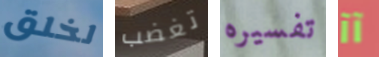
لخلق تغضب تفسيره آآ